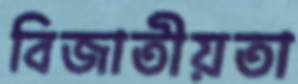
বিজাতীয়তা